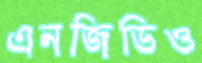
এনজিডিও